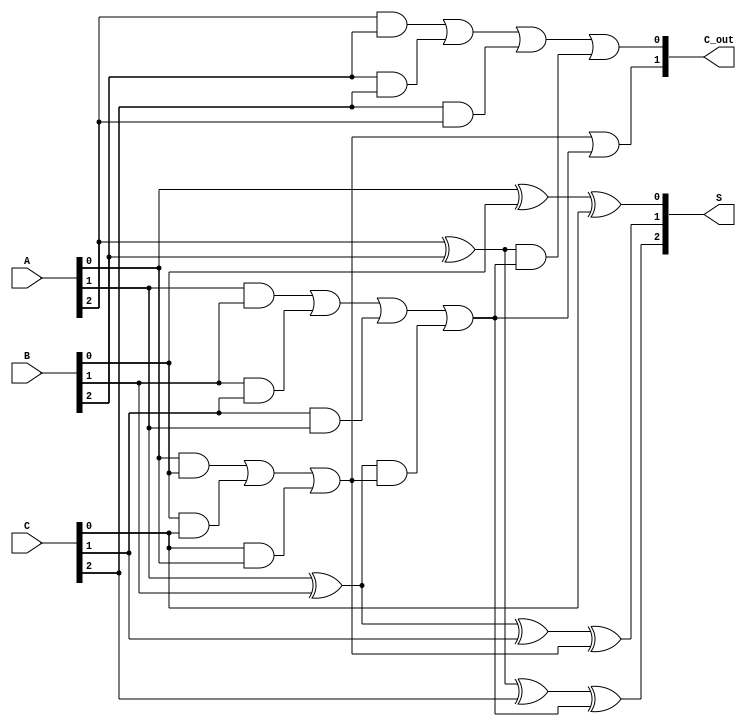
module CarrySaveAdder (
    input  [2:0] A,      // 3-bit input A
    input  [2:0] B,      // 3-bit input B
    input  [2:0] C,      // 3-bit input C
    output [2:0] S,      // 3-bit sum output
    output [1:0] C_out    // 2-bit carry output
);

    wire C1, C2;         // Intermediate carry signals
    wire S0, S1, S2;     // Intermediate sum signals

    // Full adder for the least significant bit
    assign S0 = A[0] ^ B[0] ^ C[0];          // Sum for LSB
    assign C1 = (A[0] & B[0]) | (B[0] & C[0]) | (C[0] & A[0]); // Carry for LSB

    // Full adder for the middle bit
    assign S1 = A[1] ^ B[1] ^ C[1] ^ C1;    // Sum for middle bit
    assign C2 = (A[1] & B[1]) | (B[1] & C[1]) | (C[1] & A[1]) | 
                ((A[1] ^ B[1]) & C1); // Carry for middle bit

    // Full adder for the most significant bit
    assign S2 = A[2] ^ B[2] ^ C[2] ^ C2;    // Sum for MSB
    assign C_out[0] = (A[2] & B[2]) | (B[2] & C[2]) | (C[2] & A[2]) | 
                      ((A[2] ^ B[2]) & C2); // Carry for MSB
    assign C_out[1] = C1 | C2;               // Final carry output

    // Assign outputs
    assign S = {S2, S1, S0};                  // Concatenate sum bits
    assign C_out[1:0] = {C_out[1], C_out[0]}; // Concatenate carry bits

endmodule